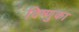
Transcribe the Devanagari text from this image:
विष्णुका